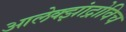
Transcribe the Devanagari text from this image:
आलेक्झांद्रोविच